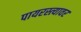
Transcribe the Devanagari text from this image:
पायरस्त्यावर